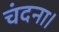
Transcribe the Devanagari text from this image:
चंदना।